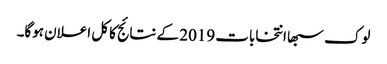
لوک سبھا انتخابات 2019 کے نتائج کا کل اعلان ہوگا۔